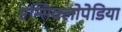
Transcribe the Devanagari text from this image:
एन्सिक्लोपेडिया